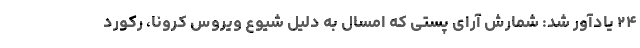
۲۴ یادآور شد: شمارش آرای پستی که امسال به دلیل شیوع ویروس کرونا، رکورد